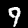
Digit: 9